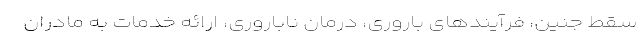
سقط جنین، فرآیندهای باروری، درمان ناباروری، ارائه خدمات به مادران